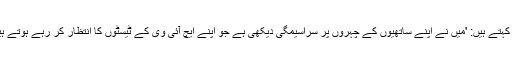
وہ کہتے ہیں: 'میں نے اپنے ساتھیوں کے چہروں پر سراسیمگی دیکھی ہے جو اپنے ایچ آئی وی کے ٹیسٹوں کا انتظار کر رہے ہوتے ہیں۔